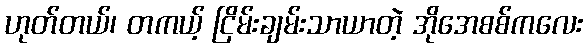
ဟုတ်တယ်၊ တကယ့် ငြိမ်းချမ်းသာယာတဲ့ အိုအေစစ်ကလေး